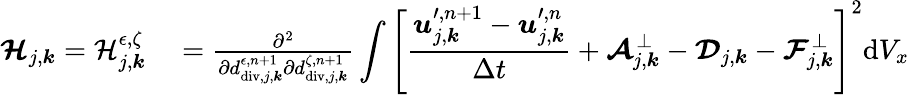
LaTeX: \begin{array}{rl}{\boldsymbol{\mathcal{H}}_{j,\boldsymbol{k}}=\mathcal{H}_{j,\boldsymbol{k}}^{\epsilon,\zeta}}&{{}=\frac{\partial^{2}}{\partial d_{\mathrm{div},j,\boldsymbol{k}}^{\epsilon,n+1}\partial d_{\mathrm{div},j,\boldsymbol{k}}^{\zeta,n+1}}\displaystyle\int\left[\frac{\boldsymbol{u}_{j,\boldsymbol{k}}^{\prime,n+1}-\boldsymbol{u}_{j,\boldsymbol{k}}^{\prime,n}}{\Delta t}+\boldsymbol{\mathcal{A}}_{j,\boldsymbol{k}}^{\bot}-\boldsymbol{\mathcal{D}}_{j,\boldsymbol{k}}-\boldsymbol{\mathcal{F}}_{j,\boldsymbol{k}}^{\bot}\right]^{2}\mathrm{d}V_{x}}\end{array}